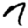
Digit: 7